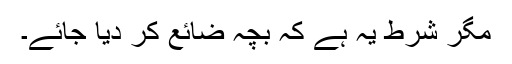
مگر شرط یہ ہے کہ بچہ ضائع کر دیا جائے۔